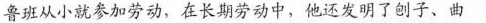
鲁班从小就参加劳动，在长期劳动中，他还发明了创子、曲